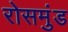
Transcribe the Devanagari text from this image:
रोसमुंड